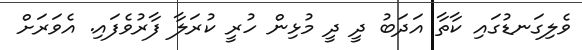
ވެލިގަނޑުގައި ކާތާ އަދަބު ދީ ދީ މުޅިން ހުރީ ކުރަލާ ފާރުވެފައި. އެވަރަށް